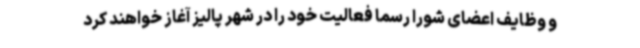
و وظایف اعضای شورا رسماً فعالیت خود را در شهر پالیز آغاز خواهند کرد